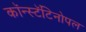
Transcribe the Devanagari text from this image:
कॉन्स्टॅंटिनोपल